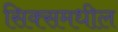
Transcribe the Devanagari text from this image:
सिक्समधील